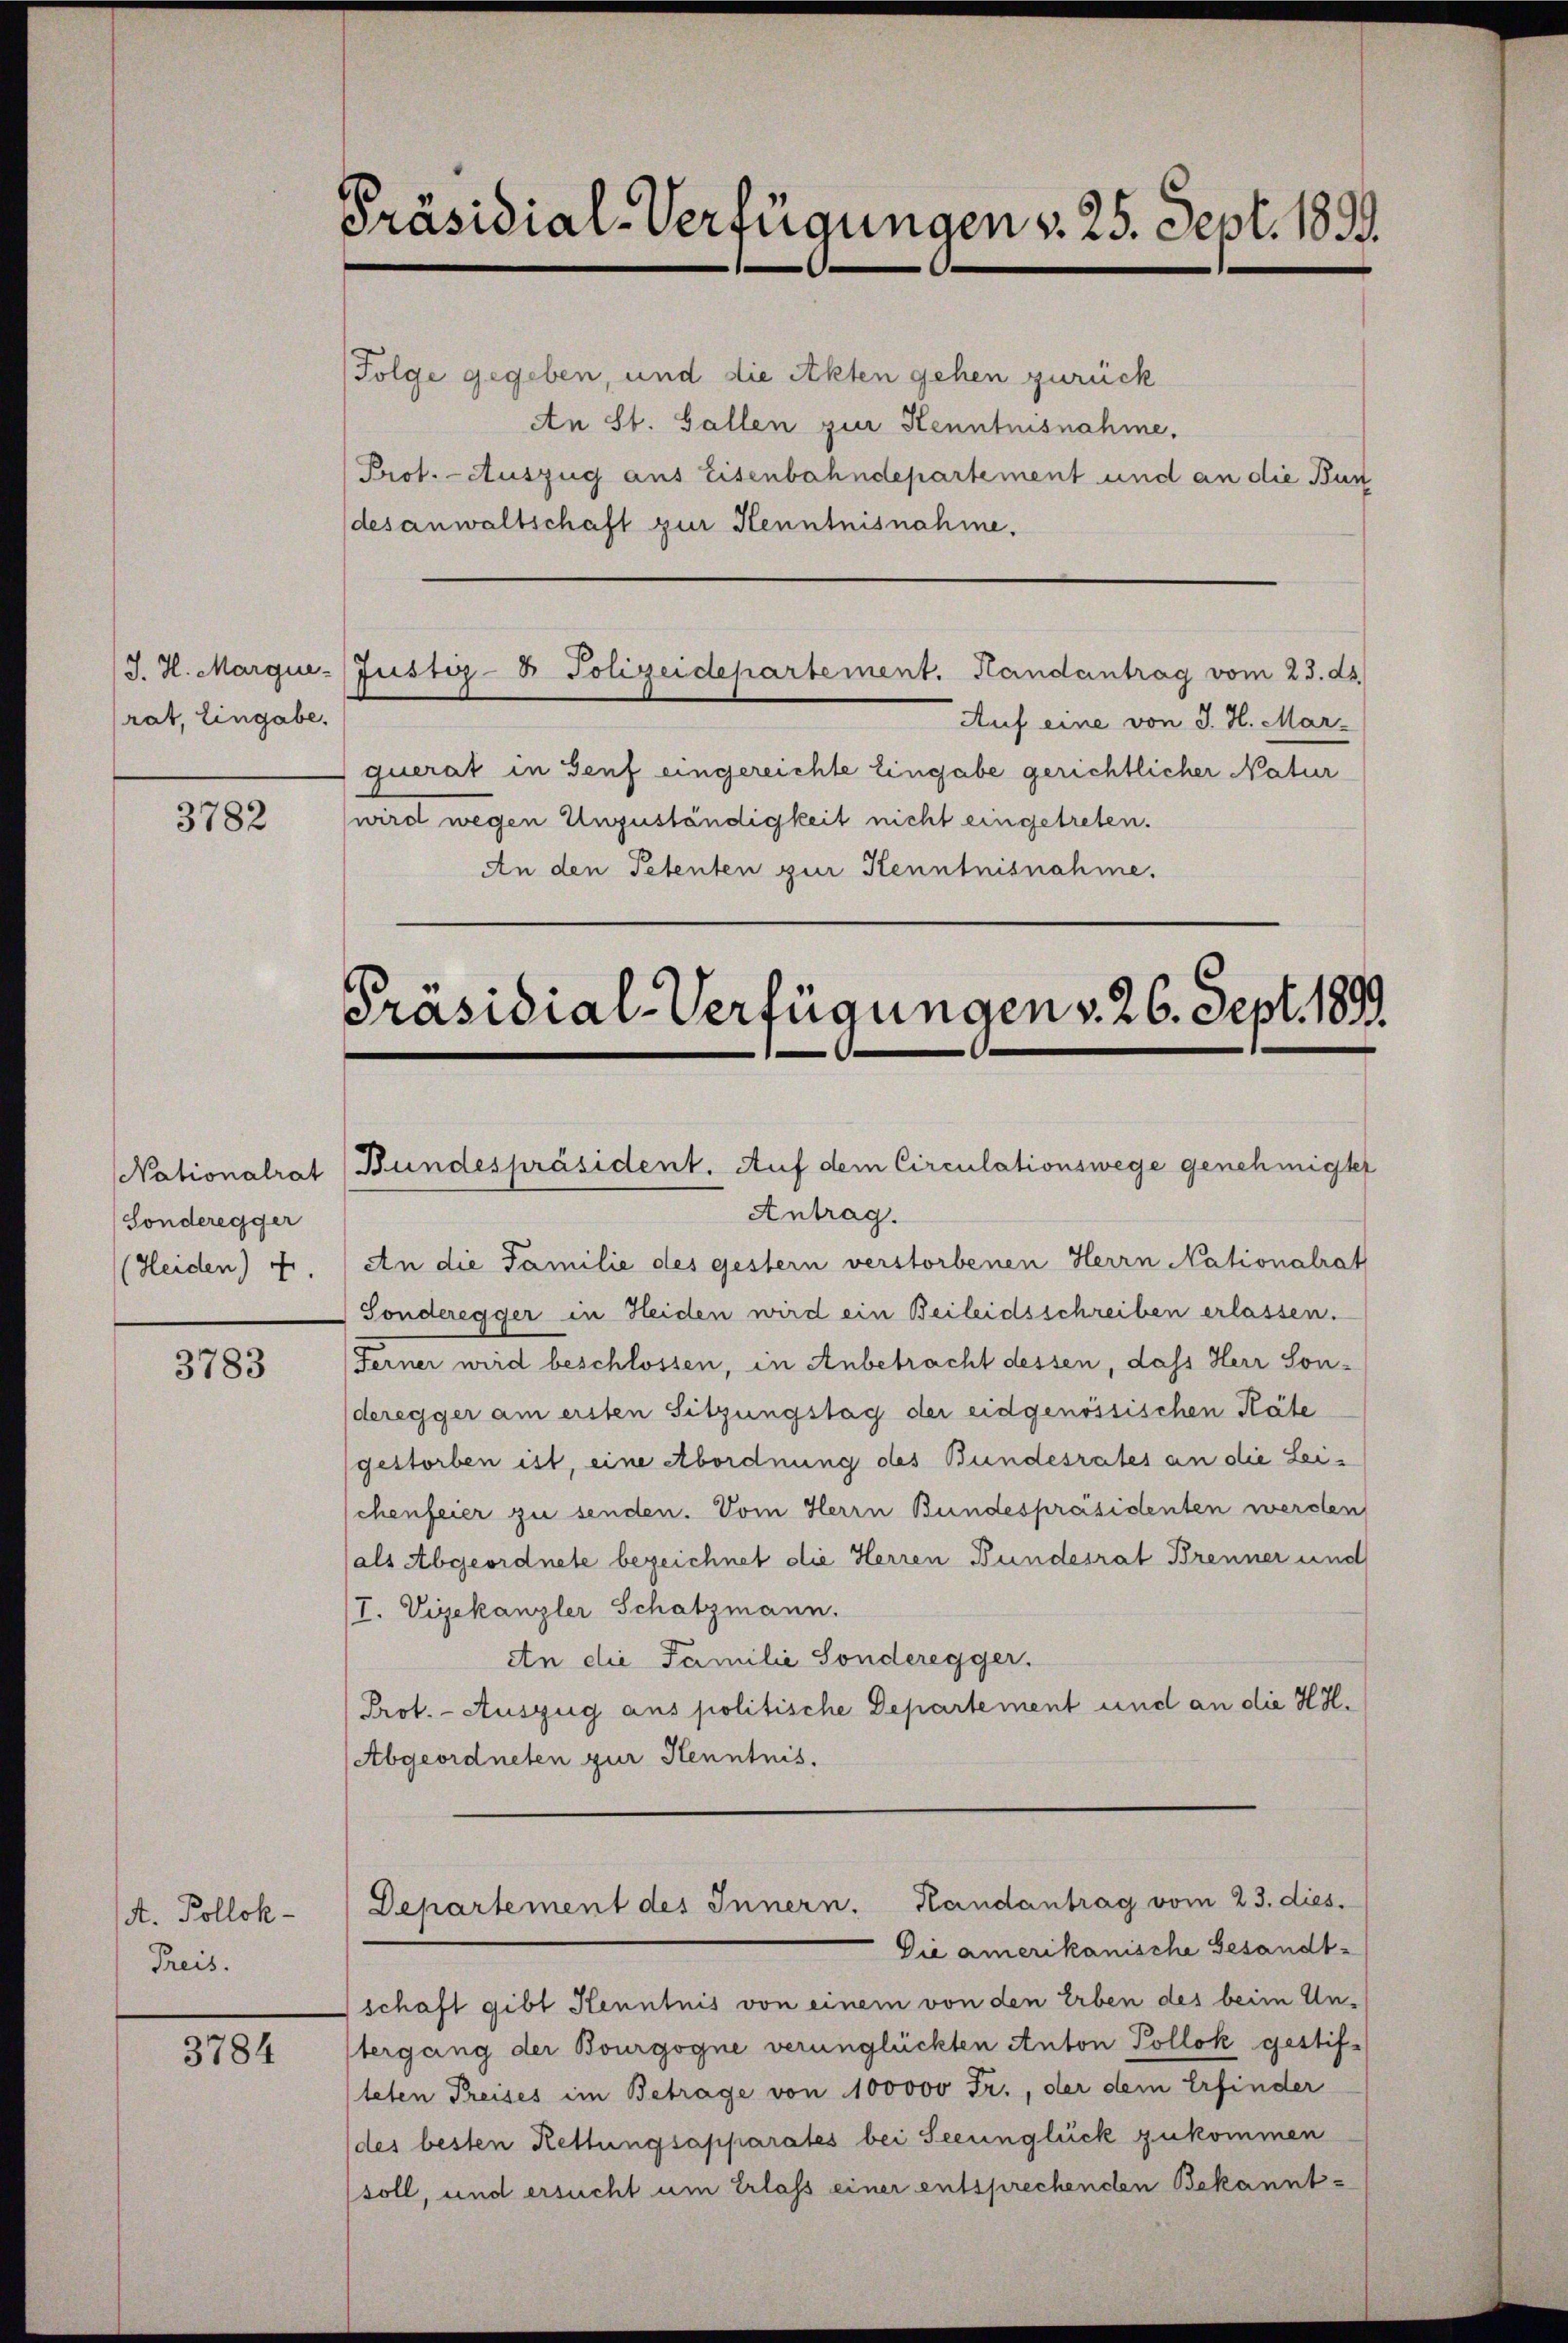
rat, Eingabe.

3782

Nationalrat
(Sonderegger
(Heiden) Fr.

3783

At. Pollok
Preis.

3784

Präsidial-Verfügungen v. 25. Sept. 1899.

(Folge gegeben, und die Akten gehen zurück
An St. Gallen zur Kenntnisnahme,
Prot. - Auszug aus Eisenbahndepartement und an die Bun
desanwaltschaft zur Kenntnisnahme.
J. H. Marque-Justiz- & Polizeidepartement. Handantrag vom 23. ds.
Auf eine von J. H. Mar-
querat in Genf eingereichte Eingabe gerichtlicher Natur
wird wegen Unzuständigkeit nicht eingetreten.
An den Petenten zur Kenntnisnahme.

Präsidial-Verfügungen v. 26. Sept. 1889.

Bundespräsident. Auf dem Circulationswege genehmigtet
Antrag.
An die Familie des gestern verstorbenen Herrn Nationalrat
Sonderegger in Heiden wird ein Beileidsschreiben erlassen.
Ferner wird beschlossen, in Anbetracht dessen, dass Herr Sonderegger am ersten Sitzungstag der eidgenössischen Käte
(gestorben ist, eine Abordnung des Bundesrates an die Leichenfeier zu senden. Vom Herrn Bundespräsidenten werden
(als Abgeordnete bezeichnet die Herren Bundesrat Brenner und
/I. Vizekanzler Schatzmann.
An die Familie Sonderegger.
Prot. - Auszug aus politische Departement und an die Hil¬
(Abgeordneten zur Henntnis.

schaft gibt Henntnis von einem von den Erben des beim Untergang der Bourgogne verunglückten Anton Pollok gestif-
teten Preises im Betrage von 100000 Fr., der dem Erfinder
(des besten Rettungsapparates bei Seeunglück zukommen
soll, und ersucht um Erlass einer entsprechenden Bekannt¬

Departement des Innern. Kandantrag vom 23. dies
Die amerikanische Gesandt-